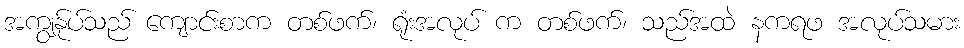
အကျွန်ုပ်သည် ကျောင်းစာက တစ်ဖက်၊ ရုံးအလုပ် က တစ်ဖက်၊ သည်အထဲ နကရဖ အလုပ်သမား